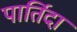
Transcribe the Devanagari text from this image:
पार्तिदा